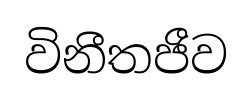
විනීතජීව